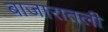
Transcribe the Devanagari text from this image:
बाजारातली